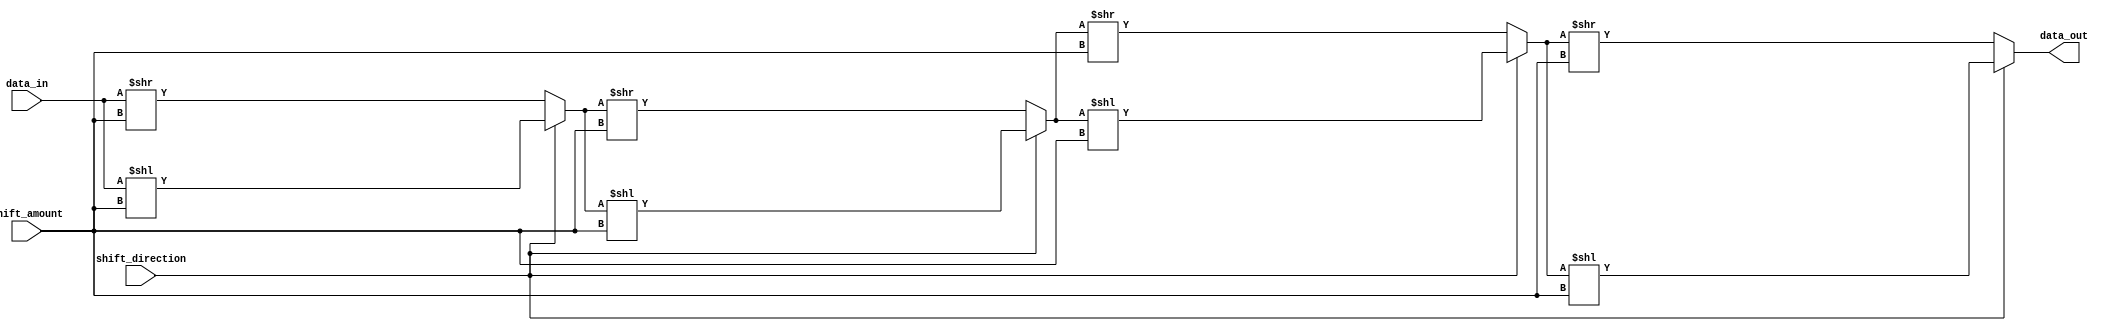
module barrel_shifter (
    input [31:0] data_in,
    input [4:0] shift_amount,
    input shift_direction, // 0 for right shift, 1 for left shift
    output [31:0] data_out
);

reg [31:0] stage_0;
reg [31:0] stage_1;
reg [31:0] stage_2;
reg [31:0] stage_3;
reg [31:0] stage_4;

always @(*)
begin
    stage_0 = data_in; // feed input value to first stage
    stage_1 = (shift_direction) ? (stage_0 << shift_amount) : (stage_0 >> shift_amount);
    stage_2 = (shift_direction) ? (stage_1 << shift_amount) : (stage_1 >> shift_amount);
    stage_3 = (shift_direction) ? (stage_2 << shift_amount) : (stage_2 >> shift_amount);
    stage_4 = (shift_direction) ? (stage_3 << shift_amount) : (stage_3 >> shift_amount);
end

assign data_out = stage_4; // output value obtained from last stage

endmodule